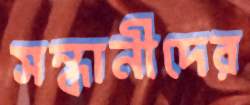
সন্ধানীদের